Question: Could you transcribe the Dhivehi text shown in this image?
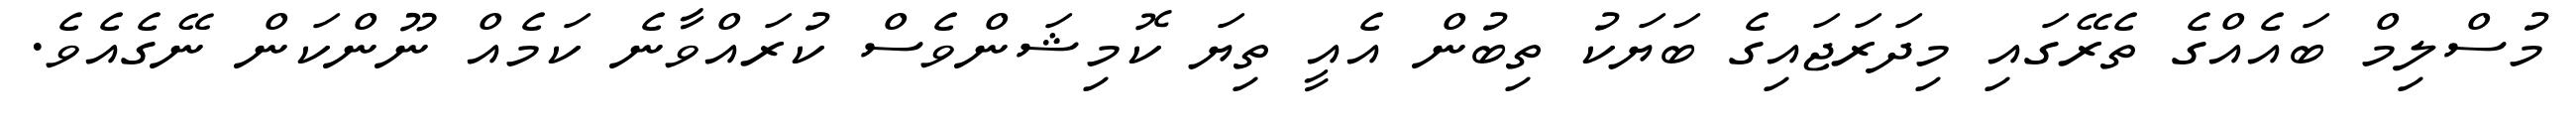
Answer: މުސްލިމް ބައެއްގެ ތެރޭގައި މިދަރަޖައިގެ ބަޔަކު ތިބުން އެއީ ތިޔަ ކޮމިޝަންވެސް ކުރައްވާނެ ކަމެއް ނޫންކަން ނޭގެއެވެ.